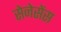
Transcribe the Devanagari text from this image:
सेनेसेंस